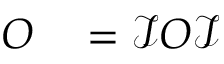
\begin{array} { r l } { O } & { { } = \mathcal { I } O \mathcal { I } } \end{array}